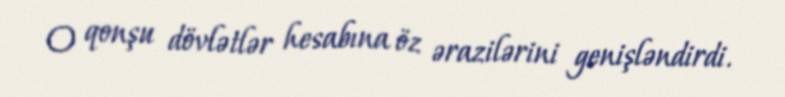
O qonşu dövlətlər hesabına öz ərazilərini genişləndirdi.